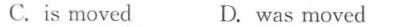
C.is moved D. was moved